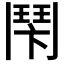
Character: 𩰍